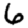
Digit: 6